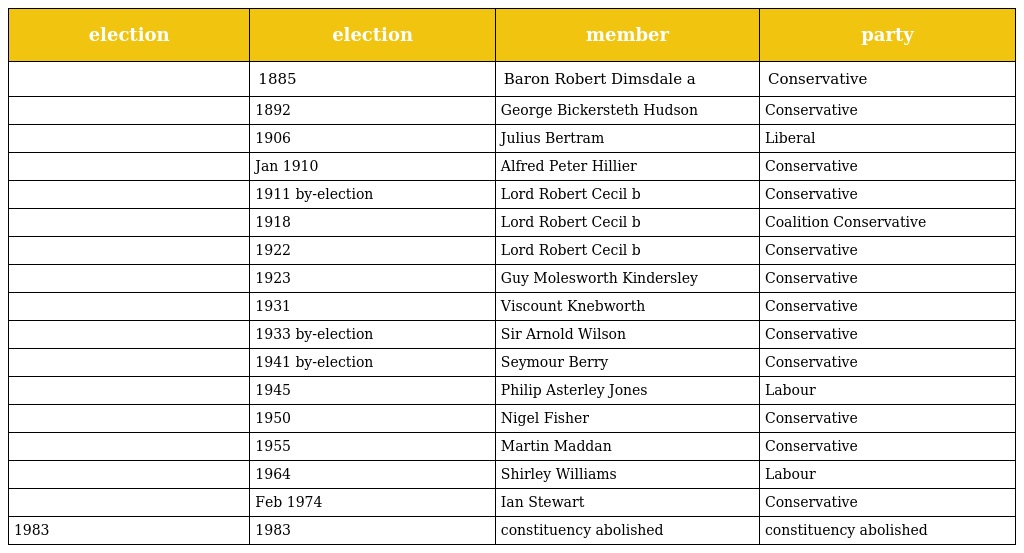
| election | election | member | party |
 | --- | --- | --- | --- |
 |  | 1885 | Baron Robert Dimsdale a | Conservative |
 |  | 1892 | George Bickersteth Hudson | Conservative |
 |  | 1906 | Julius Bertram | Liberal |
 |  | Jan 1910 | Alfred Peter Hillier | Conservative |
 |  | 1911 by-election | Lord Robert Cecil b | Conservative |
 |  | 1918 | Lord Robert Cecil b | Coalition Conservative |
 |  | 1922 | Lord Robert Cecil b | Conservative |
 |  | 1923 | Guy Molesworth Kindersley | Conservative |
 |  | 1931 | Viscount Knebworth | Conservative |
 |  | 1933 by-election | Sir Arnold Wilson | Conservative |
 |  | 1941 by-election | Seymour Berry | Conservative |
 |  | 1945 | Philip Asterley Jones | Labour |
 |  | 1950 | Nigel Fisher | Conservative |
 |  | 1955 | Martin Maddan | Conservative |
 |  | 1964 | Shirley Williams | Labour |
 |  | Feb 1974 | Ian Stewart | Conservative |
 | 1983 | 1983 | constituency abolished | constituency abolished |